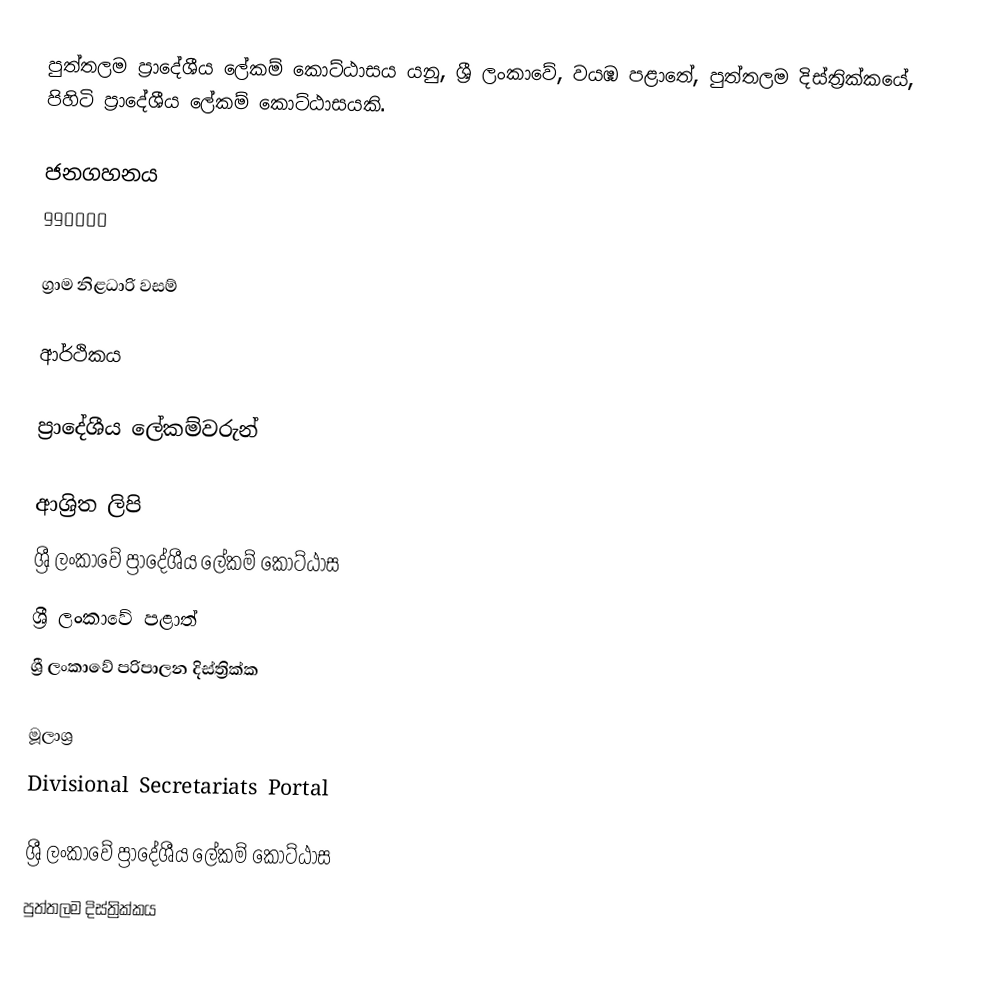
පුත්තලම ප්‍රාදේශීය ලේකම් කොට්ඨාසය යනු,  ශ්‍රී ලංකාවේ, වයඹ පළාතේ,   පුත්තලම දිස්ත්‍රික්කයේ, පිහිටි ප්‍රාදේශීය ලේකම් කොට්ඨාසයකි.

ජනගහනය
990000

ග්‍රාම නිළධාරි වසම්

ආර්ථිකය

ප්‍රාදේශීය ලේකම්වරුන්

ආශ්‍රිත ලිපි
ශ්‍රී ලංකාවේ ප්‍රාදේශීය ලේකම් කොට්ඨාස
ශ්‍රී ලංකාවේ පළාත්
ශ්‍රී ලංකාවේ පරිපාලන දිස්ත්‍රික්ක

මූලාශ්‍ර
 Divisional Secretariats Portal

ශ්‍රී ලංකාවේ ප්‍රාදේශීය ලේකම් කොට්ඨාස
පුත්තලම දිස්ත්‍රික්කය